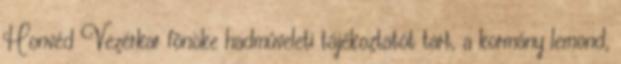
Honvéd Vezérkar fõnöke hadmûveleti tájékoztatót tart, a kormány lemond,